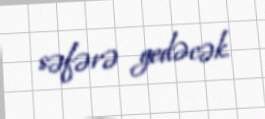
səfərə gedəcək.